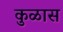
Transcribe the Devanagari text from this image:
कुळास